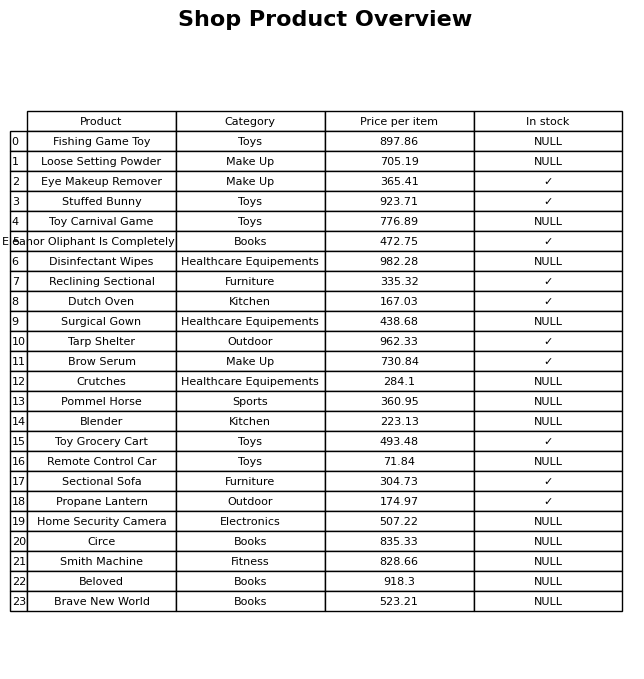
question: Which products are available in stock?
answer: Eye Makeup Remover, Stuffed Bunny, Eleanor Oliphant Is Completely Fine, Reclining Sectional, Dutch Oven, Tarp Shelter, Brow Serum, Toy Grocery Cart, Sectional Sofa, Propane Lantern